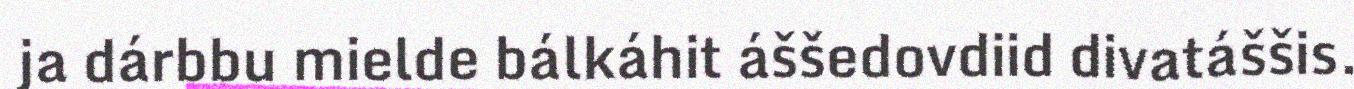
ja dárbbu mielde bálkáhit áššedovdiid divatáššis.